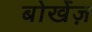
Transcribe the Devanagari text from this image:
बोर्खेज़